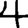
Digit: 4